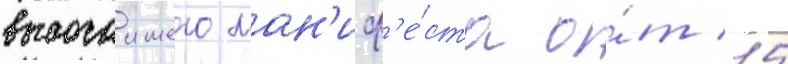
высочаишего ман'иф'е́ста о́т 15